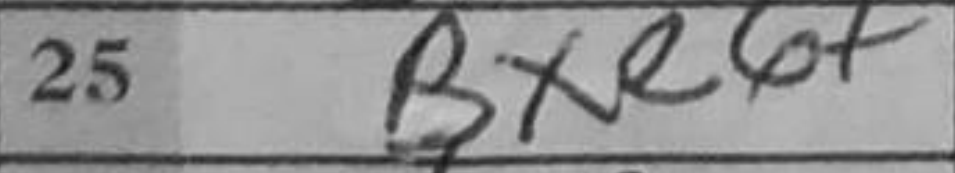
Transcription: Bxe6+